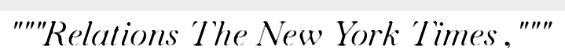
"""Relations The New York Times ,"""